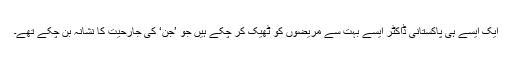
ایک ایسے ہی پاکستانی ڈاکٹر ایسے بہت سے مریضوں کو ٹھیک کر چکے ہیں جو ’جن‘ کی جارحیت کا نشانہ بن چکے تھے۔